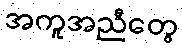
အကူအညီတွေ